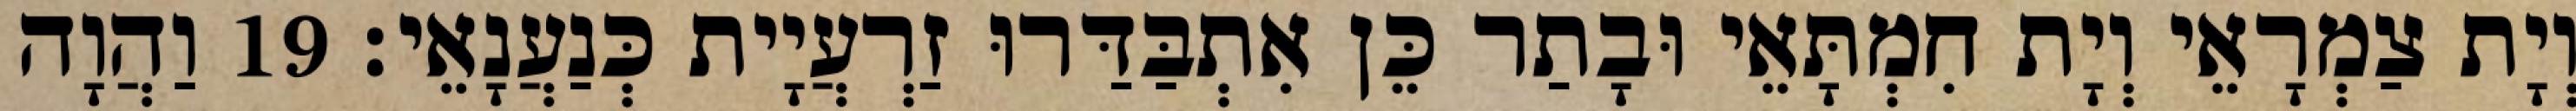
וְיָת צַמְרָאֵי וְיָת חִמְתָּאֵי וּבָתַר כֵּן אִתְבַּדַּרוּ זַרְעֲיָית כְּנַעֲנָאֵי׃ 19 וַהֲוָה